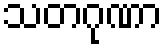
သတဂုဏာ